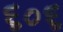
૬૦૬